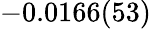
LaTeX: -0.0166(53)